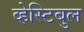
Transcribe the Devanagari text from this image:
व्हेस्टिबुल